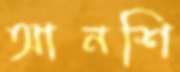
আনশি